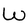
Character: W